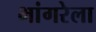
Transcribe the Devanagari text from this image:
भांगरेला